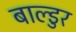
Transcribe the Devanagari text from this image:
बाल्डुर